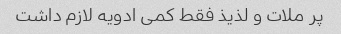
پر ملات و لذیذ فقط کمی ادویه لازم داشت